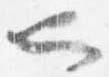
也